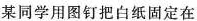
某同学用图钉把白纸固定在